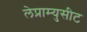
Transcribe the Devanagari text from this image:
लेप्राम्युसीट